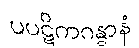
ပပဋိကဂန္ဓာနံ